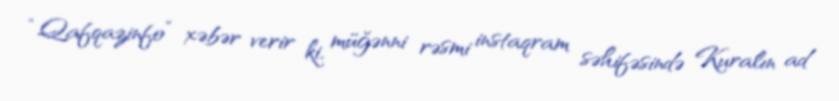
“Qafqazinfo” xəbər verir ki, müğənni rəsmi instaqram səhifəsində Kuralın ad